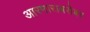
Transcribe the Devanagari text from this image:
आरमाराबरोबर